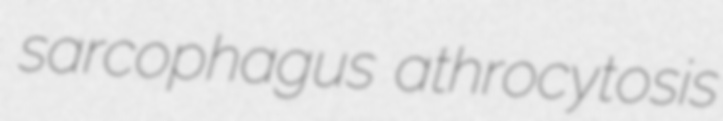
sarcophagus athrocytosis